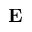
{ \bf E }